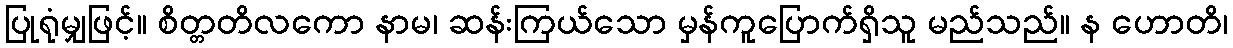
ပြုရုံမျှဖြင့်။ စိတ္တတိလကော နာမ၊ ဆန်းကြယ်သော မှန်ကူပြောက်ရှိသူ မည်သည်။ န ဟောတိ၊